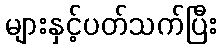
များနှင့်ပတ်သက်ပြီး